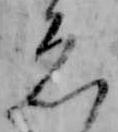
ゑ